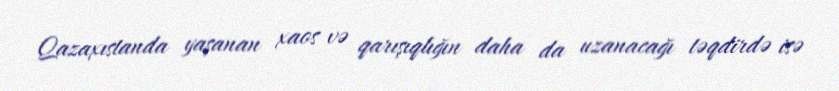
Qazaxıstanda yaşanan xaos və qarışıqlığın daha da uzanacağı təqdirdə isə